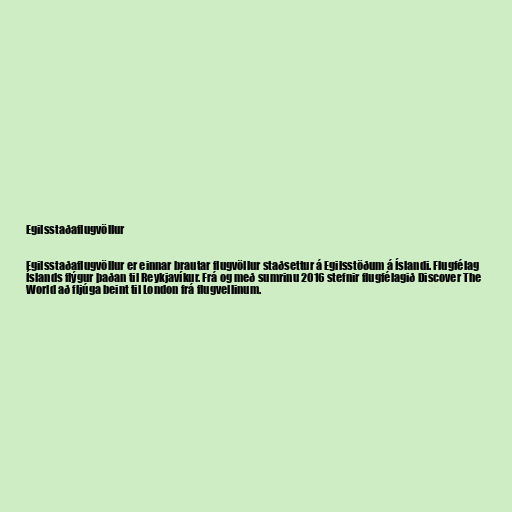
Egilsstaðaflugvöllur

Egilsstaðaflugvöllur er einnar brautar flugvöllur staðsettur á Egilsstöðum á Íslandi. Flugfélag
Íslands flýgur þaðan til Reykjavíkur. Frá og með sumrinu 2016 stefnir flugfélagið Discover The
World að fljúga beint til London frá flugvellinum.